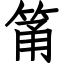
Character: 筩